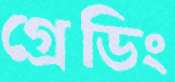
গ্রেডিং